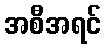
အစီအရင်